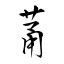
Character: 苚